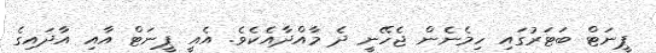
ޕީނަޓް ބަޓަރުގައި ހިމެނެން ޖެހޭނީ ދެ މާއްދާއެކެވެ. އެއީ ޕީނަޓް އާއި އާދައިގެ